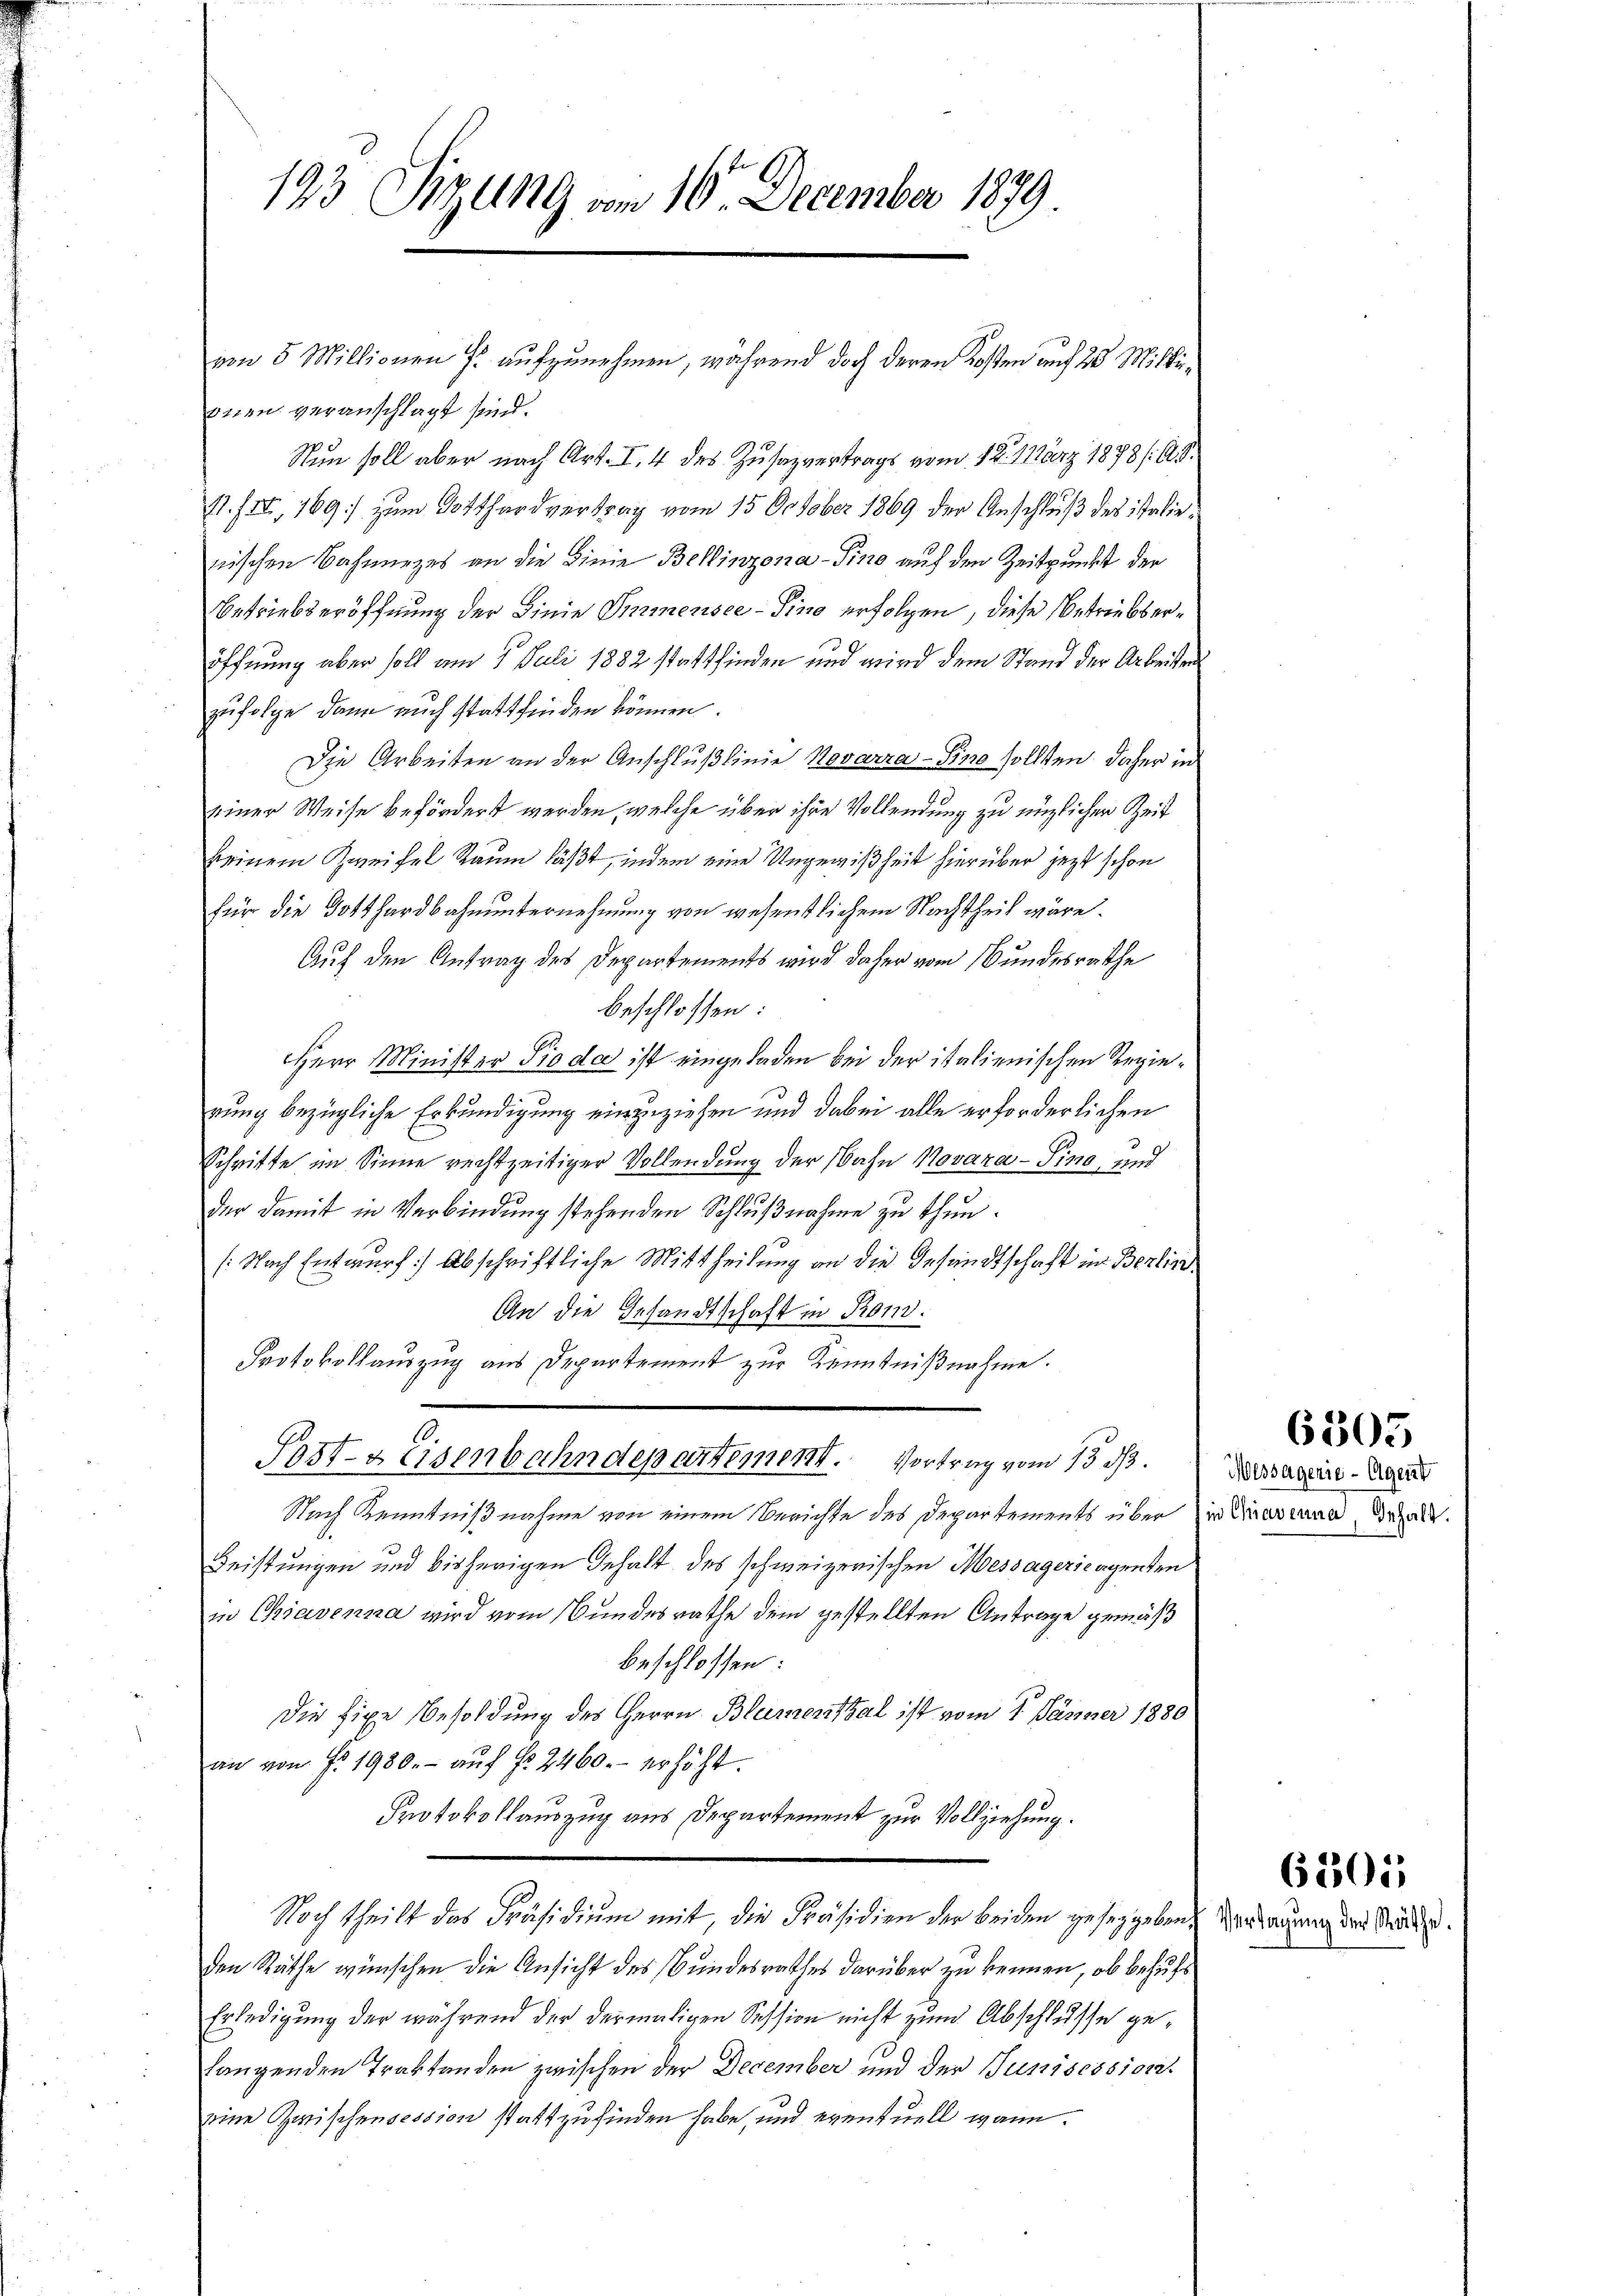
193 Sitzung vom 10. December 1879

von 5 Millionen J. aufzunehmen, während doch deren Kosten auf 20 Millionen veranschlagt sind.
Nun soll aber nach Art. I. 4 des Zusazvertrags vom 12. März 1878 (118.
11. III, 169) zum Gotthardvertrag vom 15. October 1869 der Anschluß des italienischen Bahnnezes an die Linie Bellinzona-Sino auf den Zeitpunkt der
Betriebseröffnung der Linie Immensee–Pino erfolgen, diese Betrieberöffnung aber soll am 5. Juli 1882 stattfinden und wird dem Stand der Arbeiten
zufolge dann auch stattfinden können.
Die Arbeiten an der Anschlußlinie Novarra-Sino sollten, daher in
einer Weise befördert werden, welche über ihre Vollendung zu nützlichen Zeit
keinem Zweifel Raum läßt, indem eine Ungewißheit hierüber jezt schon
für die Gotthardbahnunternehmung von wesentlichem Nachtheil wäre.
Auf den Antrag des Departements wird daher vom Bundesrathe
beschlossen:
Herr Minister Pioda ist eingeladen bei der italienischen Regierung bezügliche Erkundigung einzuziehen und dabei alle erforderlichen
Schritte im Sinne rechtzeitiger Vollendung der Bahn Novaza-Sino, und
der damit in Verbindung stehenden Schlußnahme zu thun.
(Nach Entwurf) Abschriftliche Mittheilung an die Gesandtschaft im Berlin
An die Gesandtschaft in Kon¬
Protokollauszug aus Departement zur Kenntnißnahme.
.
Post-Keisenbahndepartement. Vortrag vom 13. ds.
Nach Kenntnißnahme von einem Berichte des Departements über zu diesenen erhalt.
Leistungen und bisherigen Gehalt des schweizerischen Messagericagenten
in Chiavenna wird vom Bundesrathe dem gestellten Antrage gemäß
beschlossen:
Die fixe Besoldung des Herrn Blumenthal ist vom 1. Jänner 1880
an von Fr. 1980.- aŭf §. 2460.- erhöht.
Protokollauszug aus Departement zur Vollziehung.
Noch theilt das Präsidiŭm mit, die Präsidien der beiden geseggeben.
den Räthe wünschen die Ansicht des Bundesrathes darüber zu kennen, ob behufs
Erledigung der während der dermaligen Session nicht zum Abschlusse gelangenden Traktanden zwischen der December und der Tunisession.
eine Zwischensession stattzufinden habe, und eventuell wann.

6305

Wessagenie-Agent

6201

Verdauung der Räthe.
i